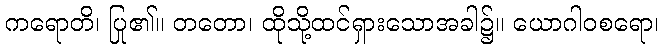
ကရောတိ၊ ပြု၏။ တတော၊ ထိုသို့ထင်ရှားသောအခါ၌။ ယောဂါဝစရော၊